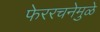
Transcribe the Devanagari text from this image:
फेररचनेमुळे